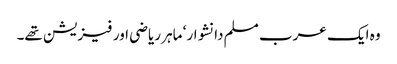
وہ ایک عرب مسلم دانشوار ‘ ماہر ریاضی اور فیزیشن تھے۔